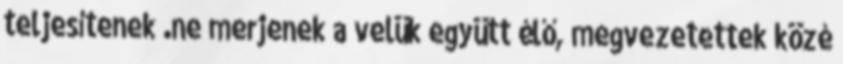
teljesítenek .ne merjenek a velük együtt élő, megvezetettek közé